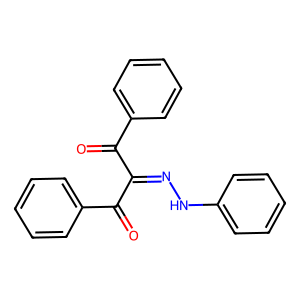
SMILES: O=C(C(=NNc1ccccc1)C(=O)c1ccccc1)c1ccccc1
Inhibits HIV replication: No